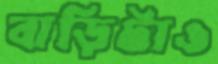
বাড়িটাও